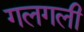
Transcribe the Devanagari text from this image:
गलगली